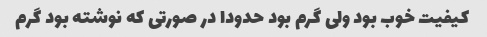
کیفیت خوب بود ولی گرم بود حدودا در صورتی که نوشته بود گرم